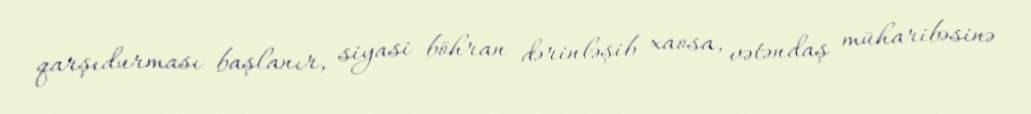
qarşıdurması başlanır, siyasi böhran dərinləşib xaosa, vətəndaş müharibəsinə